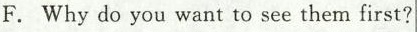
F. Why do you want to see them first?